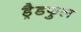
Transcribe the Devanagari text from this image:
ड्रैडफुल